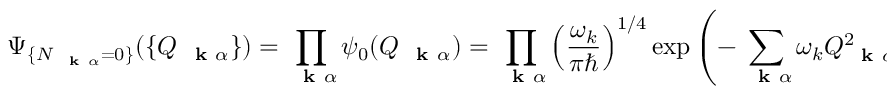
\Psi _ { \{ N _ { \mathrm { ~ \bf ~ k ~ } \alpha } = 0 \} } ( \{ Q _ { \mathrm { ~ \bf ~ k ~ } \alpha } \} ) = \prod _ { \mathrm { ~ \bf ~ k ~ } \alpha } \psi _ { 0 } ( Q _ { \mathrm { ~ \bf ~ k ~ } \alpha } ) = \prod _ { \mathrm { ~ \bf ~ k ~ } \alpha } \left( \frac { \omega _ { k } } { \pi \hbar } \right) ^ { 1 / 4 } \exp \left( - \sum _ { \mathrm { ~ \bf ~ k ~ } \alpha } \omega _ { k } Q _ { \mathrm { ~ \bf ~ k ~ } \alpha } ^ { 2 } / 2 \hbar \right)